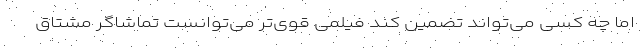
اما چه کسی می‌تواند تضمین کند فیلمی قوی‌تر می‌توانست تماشاگر مشتاق